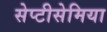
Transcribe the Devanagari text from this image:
सेप्टीसेमिया